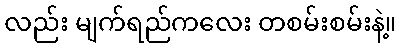
လည်း မျက်ရည်ကလေး တစမ်းစမ်းနဲ့။